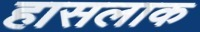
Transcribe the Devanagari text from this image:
हासलाक